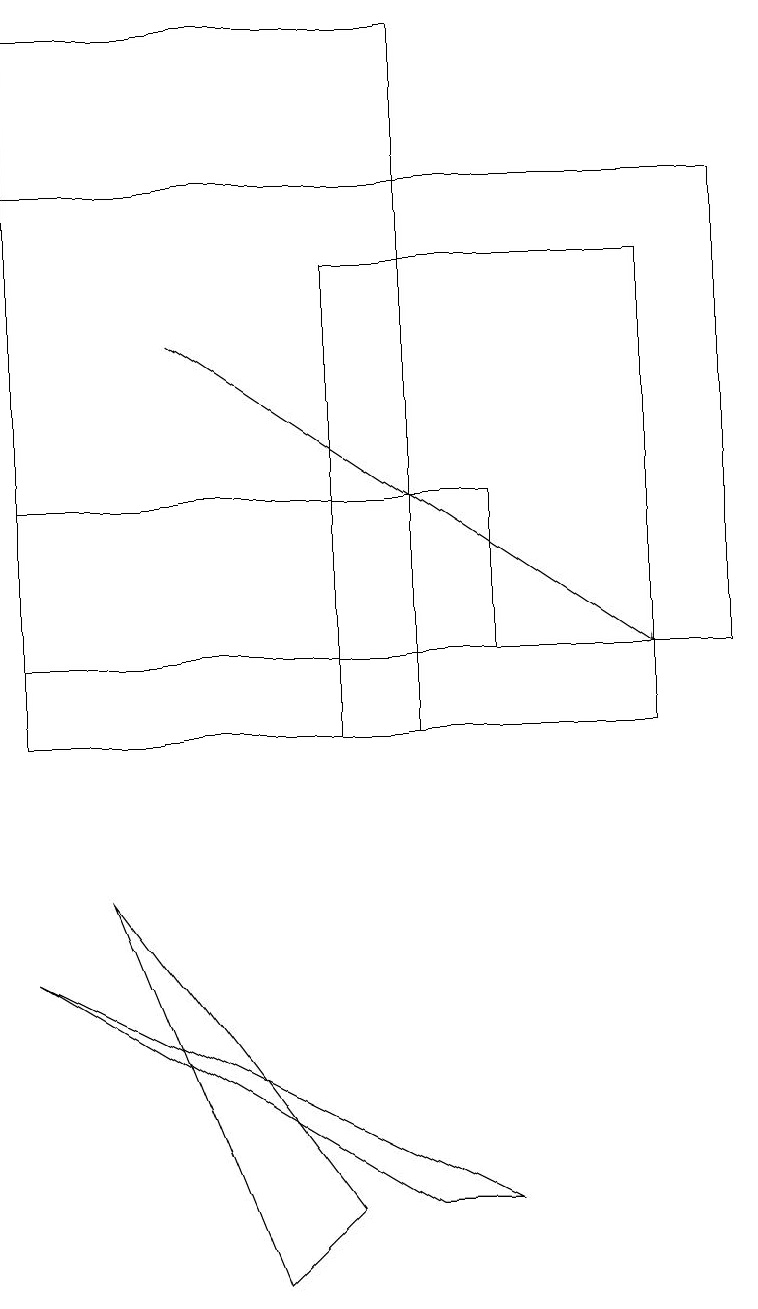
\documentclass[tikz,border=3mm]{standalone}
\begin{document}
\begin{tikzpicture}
\draw (0,11) rectangle (6,13);
\draw (0,17) rectangle (9,11);
\draw (8,16) rectangle (4,10);
\draw (5,4) -- (6,4) -- (0,7) -- cycle;
\draw (1,8) -- (3,3) -- (4,4) -- cycle;
\draw[->] (2,15) -- (8,11);
\draw (0,10) rectangle (5,19);
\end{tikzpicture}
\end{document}